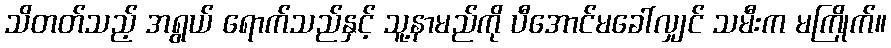
သိတတ်သည့် အရွယ် ရောက်သည်နှင့် သူ့နာမည်ကို ပီအောင်မခေါ်လျှင် သမီးက မကြိုက်။